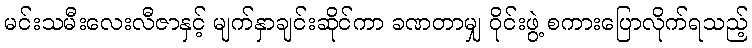
မင်းသမီးလေးလီဇာနှင့် မျက်နှာချင်းဆိုင်ကာ ခဏတာမျှ ဝိုင်းဖွဲ့ စကားပြောလိုက်ရသည့်